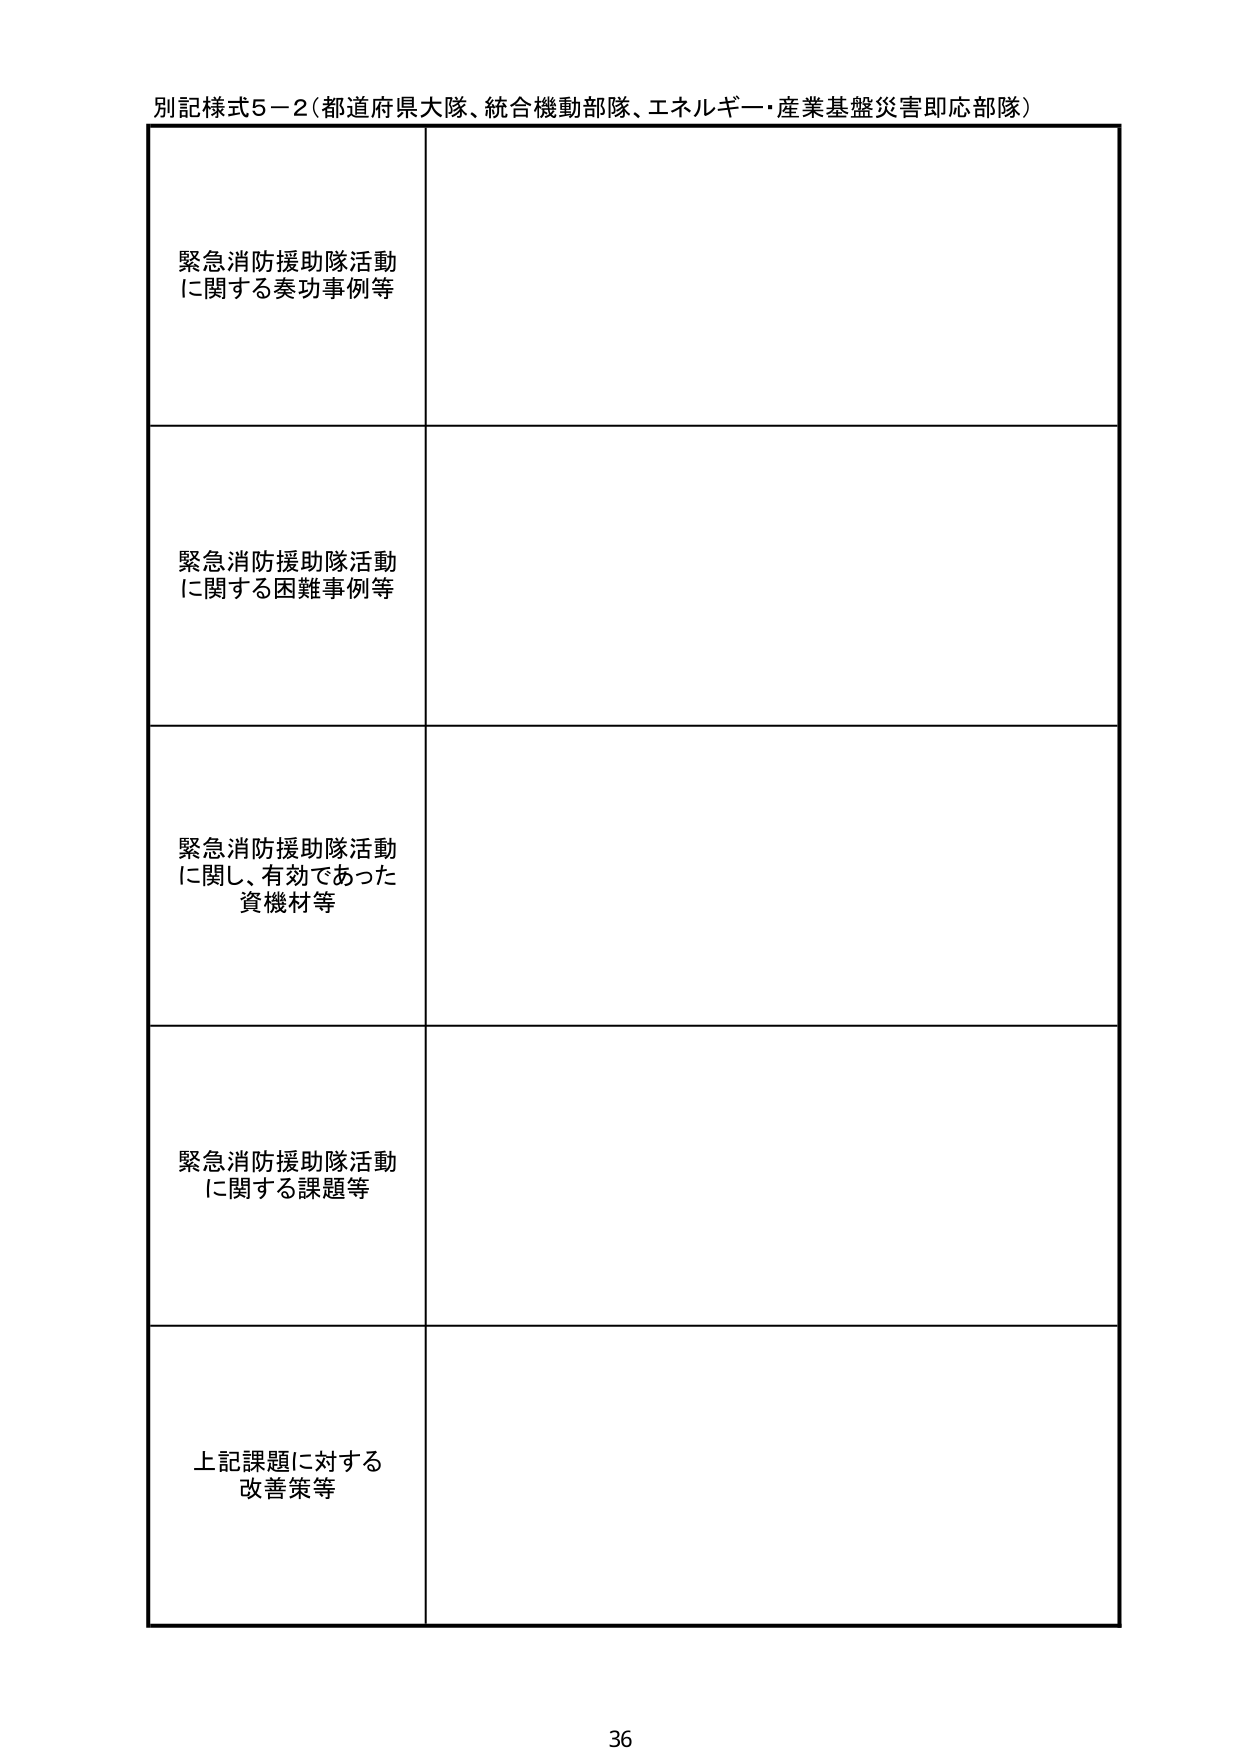
別記様式５－２（都道府県大隊、統合機動部隊、エネルギー・産業基盤災害即応部隊）

緊急消防援助隊活動
に関する奏功事例等

緊急消防援助隊活動
に関する困難事例等

緊急消防援助隊活動
に関し、有効であった
資機材等

緊急消防援助隊活動
に関する課題等

上記課題に対する
改善策等

36